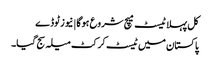
کل پہلا ٹیسٹ میچ شروع ہوگا | نیوز ٹوڈے
پاکستان میں ٹیسٹ کرکٹ میلہ سج گیا۔